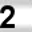
Digit: 2